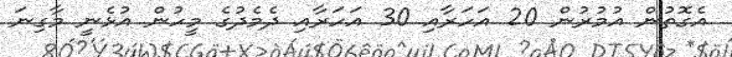
އެގޮތުން އުމުރުން 20 އަހަރާއި 30 އަހަރާއި ދެމެދުގެ މީހުން އުޅެނީ މާގިނަ